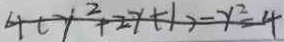
4 ( y ^ { 2 } + 2 y + 1 ) - y ^ { 2 } = 4